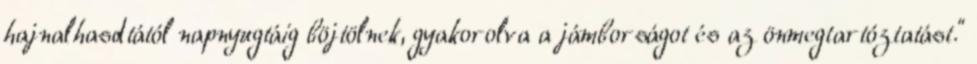
hajnalhasdtától napnyugtáig böjtölnek, gyakorolva a jámborságot és az önmegtartóztatást."